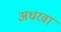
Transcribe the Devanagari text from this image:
अधरवा